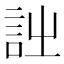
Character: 𧥳